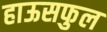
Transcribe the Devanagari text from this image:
हाऊसफुल